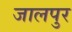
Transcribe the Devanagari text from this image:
जालपुर